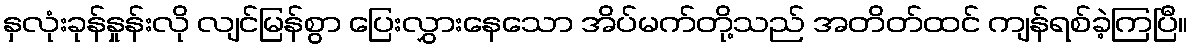
နှလုံးခုန်နှုန်းလို လျင်မြန်စွာ ပြေးလွှားနေသော အိပ်မက်တို့သည် အတိတ်ထင် ကျန်ရစ်ခဲ့ကြပြီ။